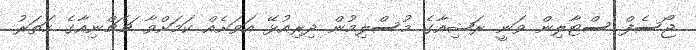
ޖޯސެފް ސްޓާލިން ވަނީ ރަޝިއާގެ މުސްލިމުން ދިރިއުޅޭ އަވަށެއް ކަމަށްވާ ޗެޗްނިއާގެ ހަތަރު